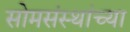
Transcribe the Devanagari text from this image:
सोमसंस्थांच्या